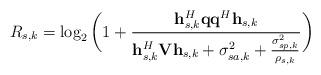
LaTeX: \begin{align*}R_{s,k}=\log_{2}\bigg(1+\frac{\mathbf{h}_{s,k}^{H}\mathbf{q}\mathbf{q}^{H}\mathbf{h}_{s,k}}{\mathbf{h}_{s,k}^{H}\mathbf{V}\mathbf{h}_{s,k}+\sigma_{sa,k}^{2}+\frac{\sigma_{sp,k}^{2}}{\rho_{s,k}}}\bigg)\end{align*}